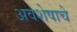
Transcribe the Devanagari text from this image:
अवशेषाचे